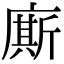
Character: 廝